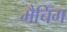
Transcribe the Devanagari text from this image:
मैचिँग